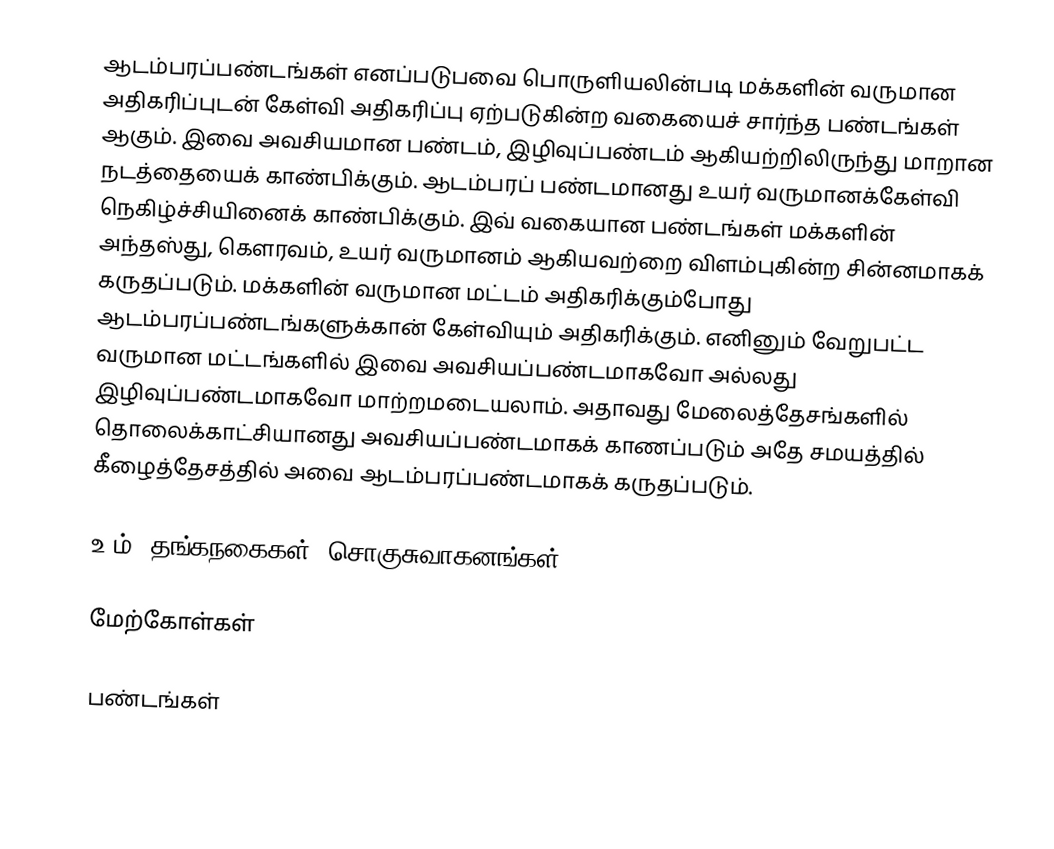
ஆடம்பரப்பண்டங்கள் எனப்படுபவை பொருளியலின்படி மக்களின் வருமான அதிகரிப்புடன் கேள்வி அதிகரிப்பு ஏற்படுகின்ற வகையைச் சார்ந்த பண்டங்கள் ஆகும். இவை அவசியமான பண்டம், இழிவுப்பண்டம் ஆகியற்றிலிருந்து மாறான நடத்தையைக் காண்பிக்கும். ஆடம்பரப் பண்டமானது உயர் வருமானக்கேள்வி நெகிழ்ச்சியினைக் காண்பிக்கும். இவ் வகையான பண்டங்கள் மக்களின் அந்தஸ்து, கௌரவம், உயர் வருமானம் ஆகியவற்றை விளம்புகின்ற சின்னமாகக் கருதப்படும். மக்களின் வருமான மட்டம் அதிகரிக்கும்போது ஆடம்பரப்பண்டங்களுக்கான் கேள்வியும் அதிகரிக்கும். எனினும் வேறுபட்ட வருமான மட்டங்களில் இவை அவசியப்பண்டமாகவோ அல்லது இழிவுப்பண்டமாகவோ மாற்றமடையலாம். அதாவது மேலைத்தேசங்களில் தொலைக்காட்சியானது அவசியப்பண்டமாகக் காணப்படும் அதே சமயத்தில் கீழைத்தேசத்தில் அவை ஆடம்பரப்பண்டமாகக் கருதப்படும்.

உ-ம் :தங்கநகைகள், சொகுசுவாகனங்கள்

மேற்கோள்கள்

பண்டங்கள்